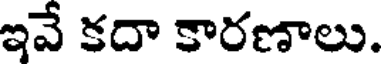
ఇవే కదా కారణాలు.